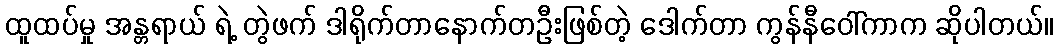
ထူထပ်မှု အန္တရာယ် ရဲ့ တွဲဖက် ဒါရိုက်တာနောက်တဦးဖြစ်တဲ့ ဒေါက်တာ ကွန်နီဝေါ်ကာက ဆိုပါတယ်။